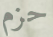
حزم